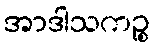
အာဒါသကဉ္စ